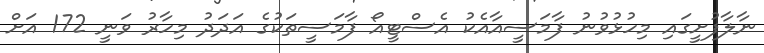
ނާލާފުށީގައި މިހުޅުވުނު ފާމަސީއާއެކު އެސްޓީއޯ ފާމަސީތަކުގެ އަދަދު މިހާރު ވަނީ 172 އަށް